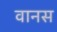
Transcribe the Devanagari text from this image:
वानस